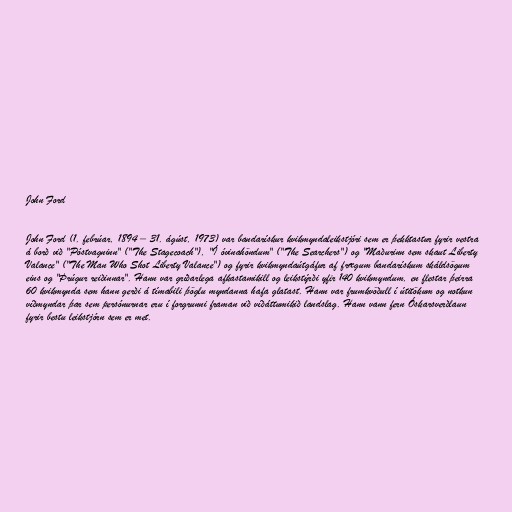
John Ford

John Ford (1. febrúar, 1894 – 31. ágúst, 1973) var bandarískur kvikmyndaleikstjóri sem er þekktastur fyrir vestra
á borð við "Póstvagninn" ("The Stagecoach"), "Í óvinahöndum" ("The Searchers") og "Maðurinn sem skaut Liberty
Valance" ("The Man Who Shot Liberty Valance") og fyrir kvikmyndaútgáfur af frægum bandarískum skáldsögum
eins og "Þrúgur reiðinnar". Hann var gríðarlega afkastamikill og leikstýrði yfir 140 kvikmyndum, en flestar þeirra
60 kvikmynda sem hann gerði á tímabili þöglu myndanna hafa glatast. Hann var frumkvöðull í útitökum og notkun
víðmyndar þar sem persónurnar eru í forgrunni framan við víðáttumikið landslag. Hann vann fern Óskarsverðlaun
fyrir bestu leikstjórn sem er met.